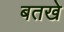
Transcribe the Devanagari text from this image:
बतखे